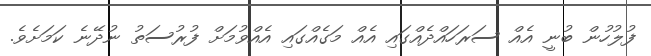
ފުލުހުން ބުނީ އެއް ސަރަހައްދެއްގައި އެއް މަގެއްގައި އެއްވުމަށް ފުރުސަތު ނުދޭނެ ކަމަށެވެ.